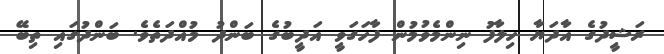
ރަޝީދުގެ އާދަޔާ ހިލާފު ނިންމެވުމުން ފާހަގަވީ އަދީބުގެ ބަންދު މުއްދަތެވެ. ބަންދުގައި ތިބޭ